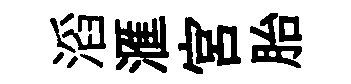
滔滙宮胎